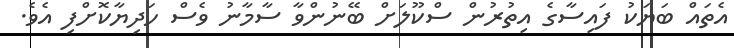
އެތައް ބަޔަކު ފައިސާގެ އިތުރުން ސްކޫލަށް ބޭނުންވާ ސާމާނު ވެސް ހަދިޔާކޮށްފި އެވެ.